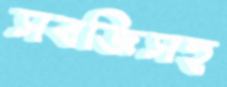
সবজিসহ